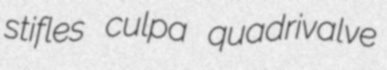
stifles culpa quadrivalve